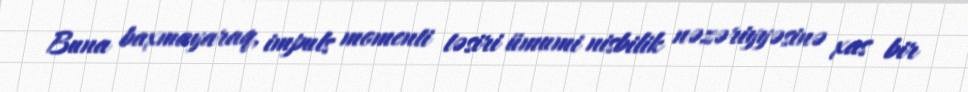
Buna baxmayaraq, impuls momenti təsiri ümumi nisbilik nəzəriyyəsinə xas bir